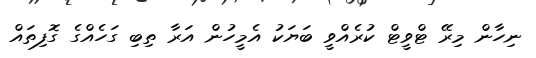
ނިހާން މިރޭ ޓްވީޓް ކުރެއްވީ ބަޔަކު އެމީހުން އަރާ ތިބި ގަހެއްގެ ގޮފިތައް